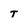
Character: T